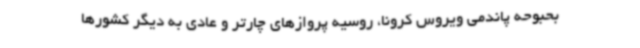
بحبوحه پاندمی ویروس کرونا، روسیه پروازهای چارتر و عادی به دیگر کشورها